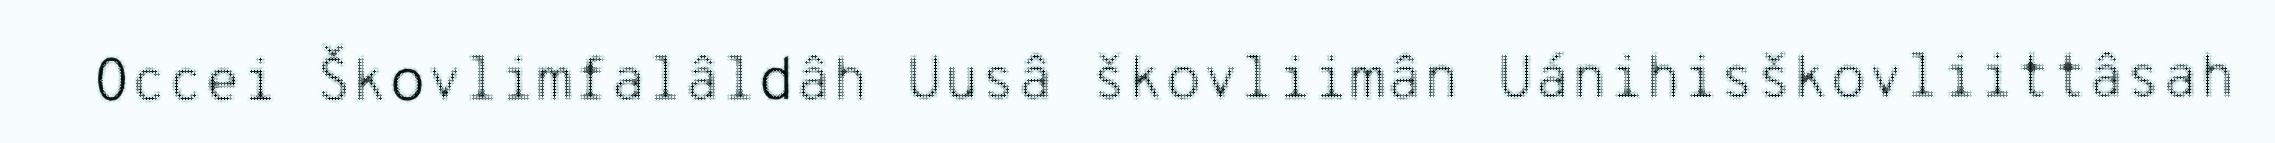
Occei Škovlimfalâldâh Uusâ škovliimân Uánihisškovliittâsah